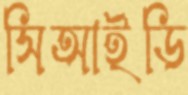
সিআইডি